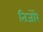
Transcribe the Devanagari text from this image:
तिजोरे